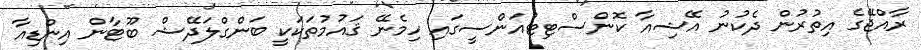
ރާއްޖޭގެ އިތުރުން ދެކުނު އޭޝިއާ ކޮންސްޓިޓުއަންސީގައި ހިމެނޭ ޤައުމުތަކަކީ ބަންގްލަދޭޝް ބޫޓާން އިންޑިއާ